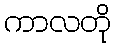
ကာလတို